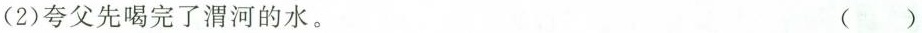
(2)夸父先喝完了渭河的水。 ()